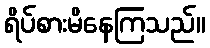
ရိပ်စားမိနေကြသည်။